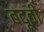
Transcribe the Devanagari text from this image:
बदूवी